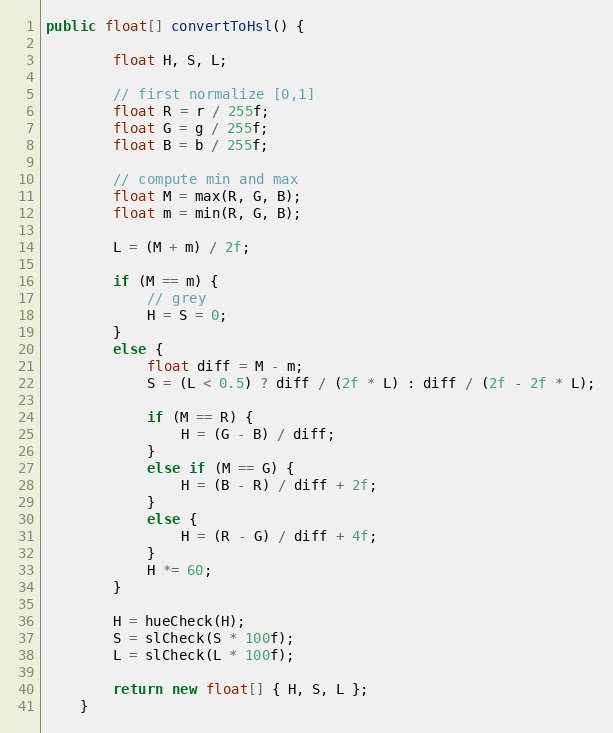
Language: Java
public float[] convertToHsl() {

        float H, S, L;

        // first normalize [0,1]
        float R = r / 255f;
        float G = g / 255f;
        float B = b / 255f;

        // compute min and max
        float M = max(R, G, B);
        float m = min(R, G, B);

        L = (M + m) / 2f;

        if (M == m) {
            // grey
            H = S = 0;
        }
        else {
            float diff = M - m;
            S = (L < 0.5) ? diff / (2f * L) : diff / (2f - 2f * L);

            if (M == R) {
                H = (G - B) / diff;
            }
            else if (M == G) {
                H = (B - R) / diff + 2f;
            }
            else {
                H = (R - G) / diff + 4f;
            }
            H *= 60;
        }

        H = hueCheck(H);
        S = slCheck(S * 100f);
        L = slCheck(L * 100f);

        return new float[] { H, S, L };
    }